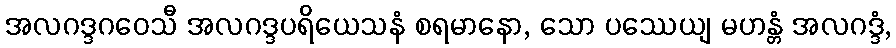
အလဂဒ္ဒဂဝေသီ အလဂဒ္ဒပရိယေသနံ စရမာနော, သော ပဿေယျ မဟန္တံ အလဂဒ္ဒံ,